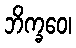
ဘိက္ခဝေ၊